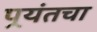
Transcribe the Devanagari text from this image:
पर्‍यंतचा